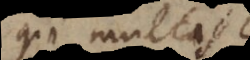
qui multas